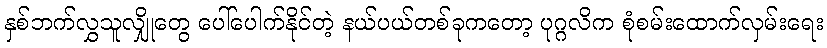
နှစ်ဘက်လွှသူလျှိုတွေ ပေါ်ပေါက်နိုင်တဲ့ နယ်ပယ်တစ်ခုကတော့ ပုဂ္ဂလိက စုံစမ်းထောက်လှမ်းရေး